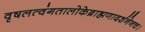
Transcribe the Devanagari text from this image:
वृषलत्वंगतालोकेब्राह्मणादर्शनेनच।